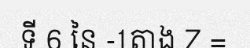
ទី 6 នៃ -1តាង Z =